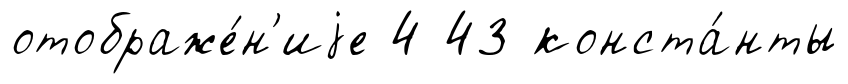
отображе́н'иjе 4 43 конста́нты